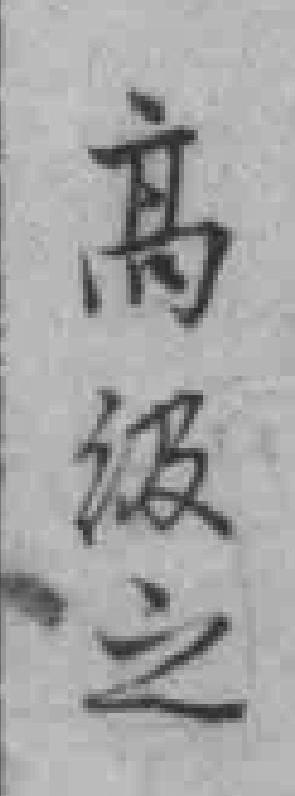
髙级之